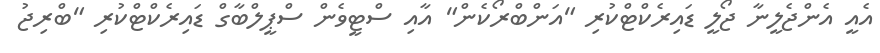
އެއީ އެންޖެލީނާ ޖޯލީ ޑައިރެކްޓްކުރި "އަންބްރޯކެން" އާއި ސްޓީވެން ސްޕީލްބާގް ޑައިރެކްޓްކުރި "ބްރިޖު